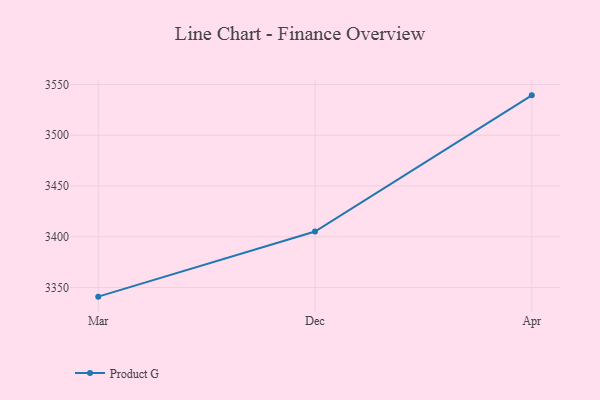
{"axis": {"x": "Month", "y": "Gross Profit (USD K)"}, "legend": ["Product G"], "data": [{"x": "Mar", "y": 3341.0, "type": "Product G"}, {"x": "Dec", "y": 3405.1, "type": "Product G"}, {"x": "Apr", "y": 3539.3, "type": "Product G"}]}